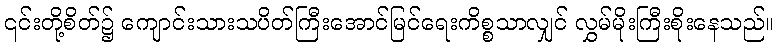
၎င်းတို့စိတ်၌ ကျောင်းသားသပိတ်ကြီးအောင်မြင်ရေးကိစ္စသာလျှင် လွှမ်မိုးကြီးစိုးနေသည်။